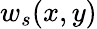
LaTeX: w_{s}(x,y)